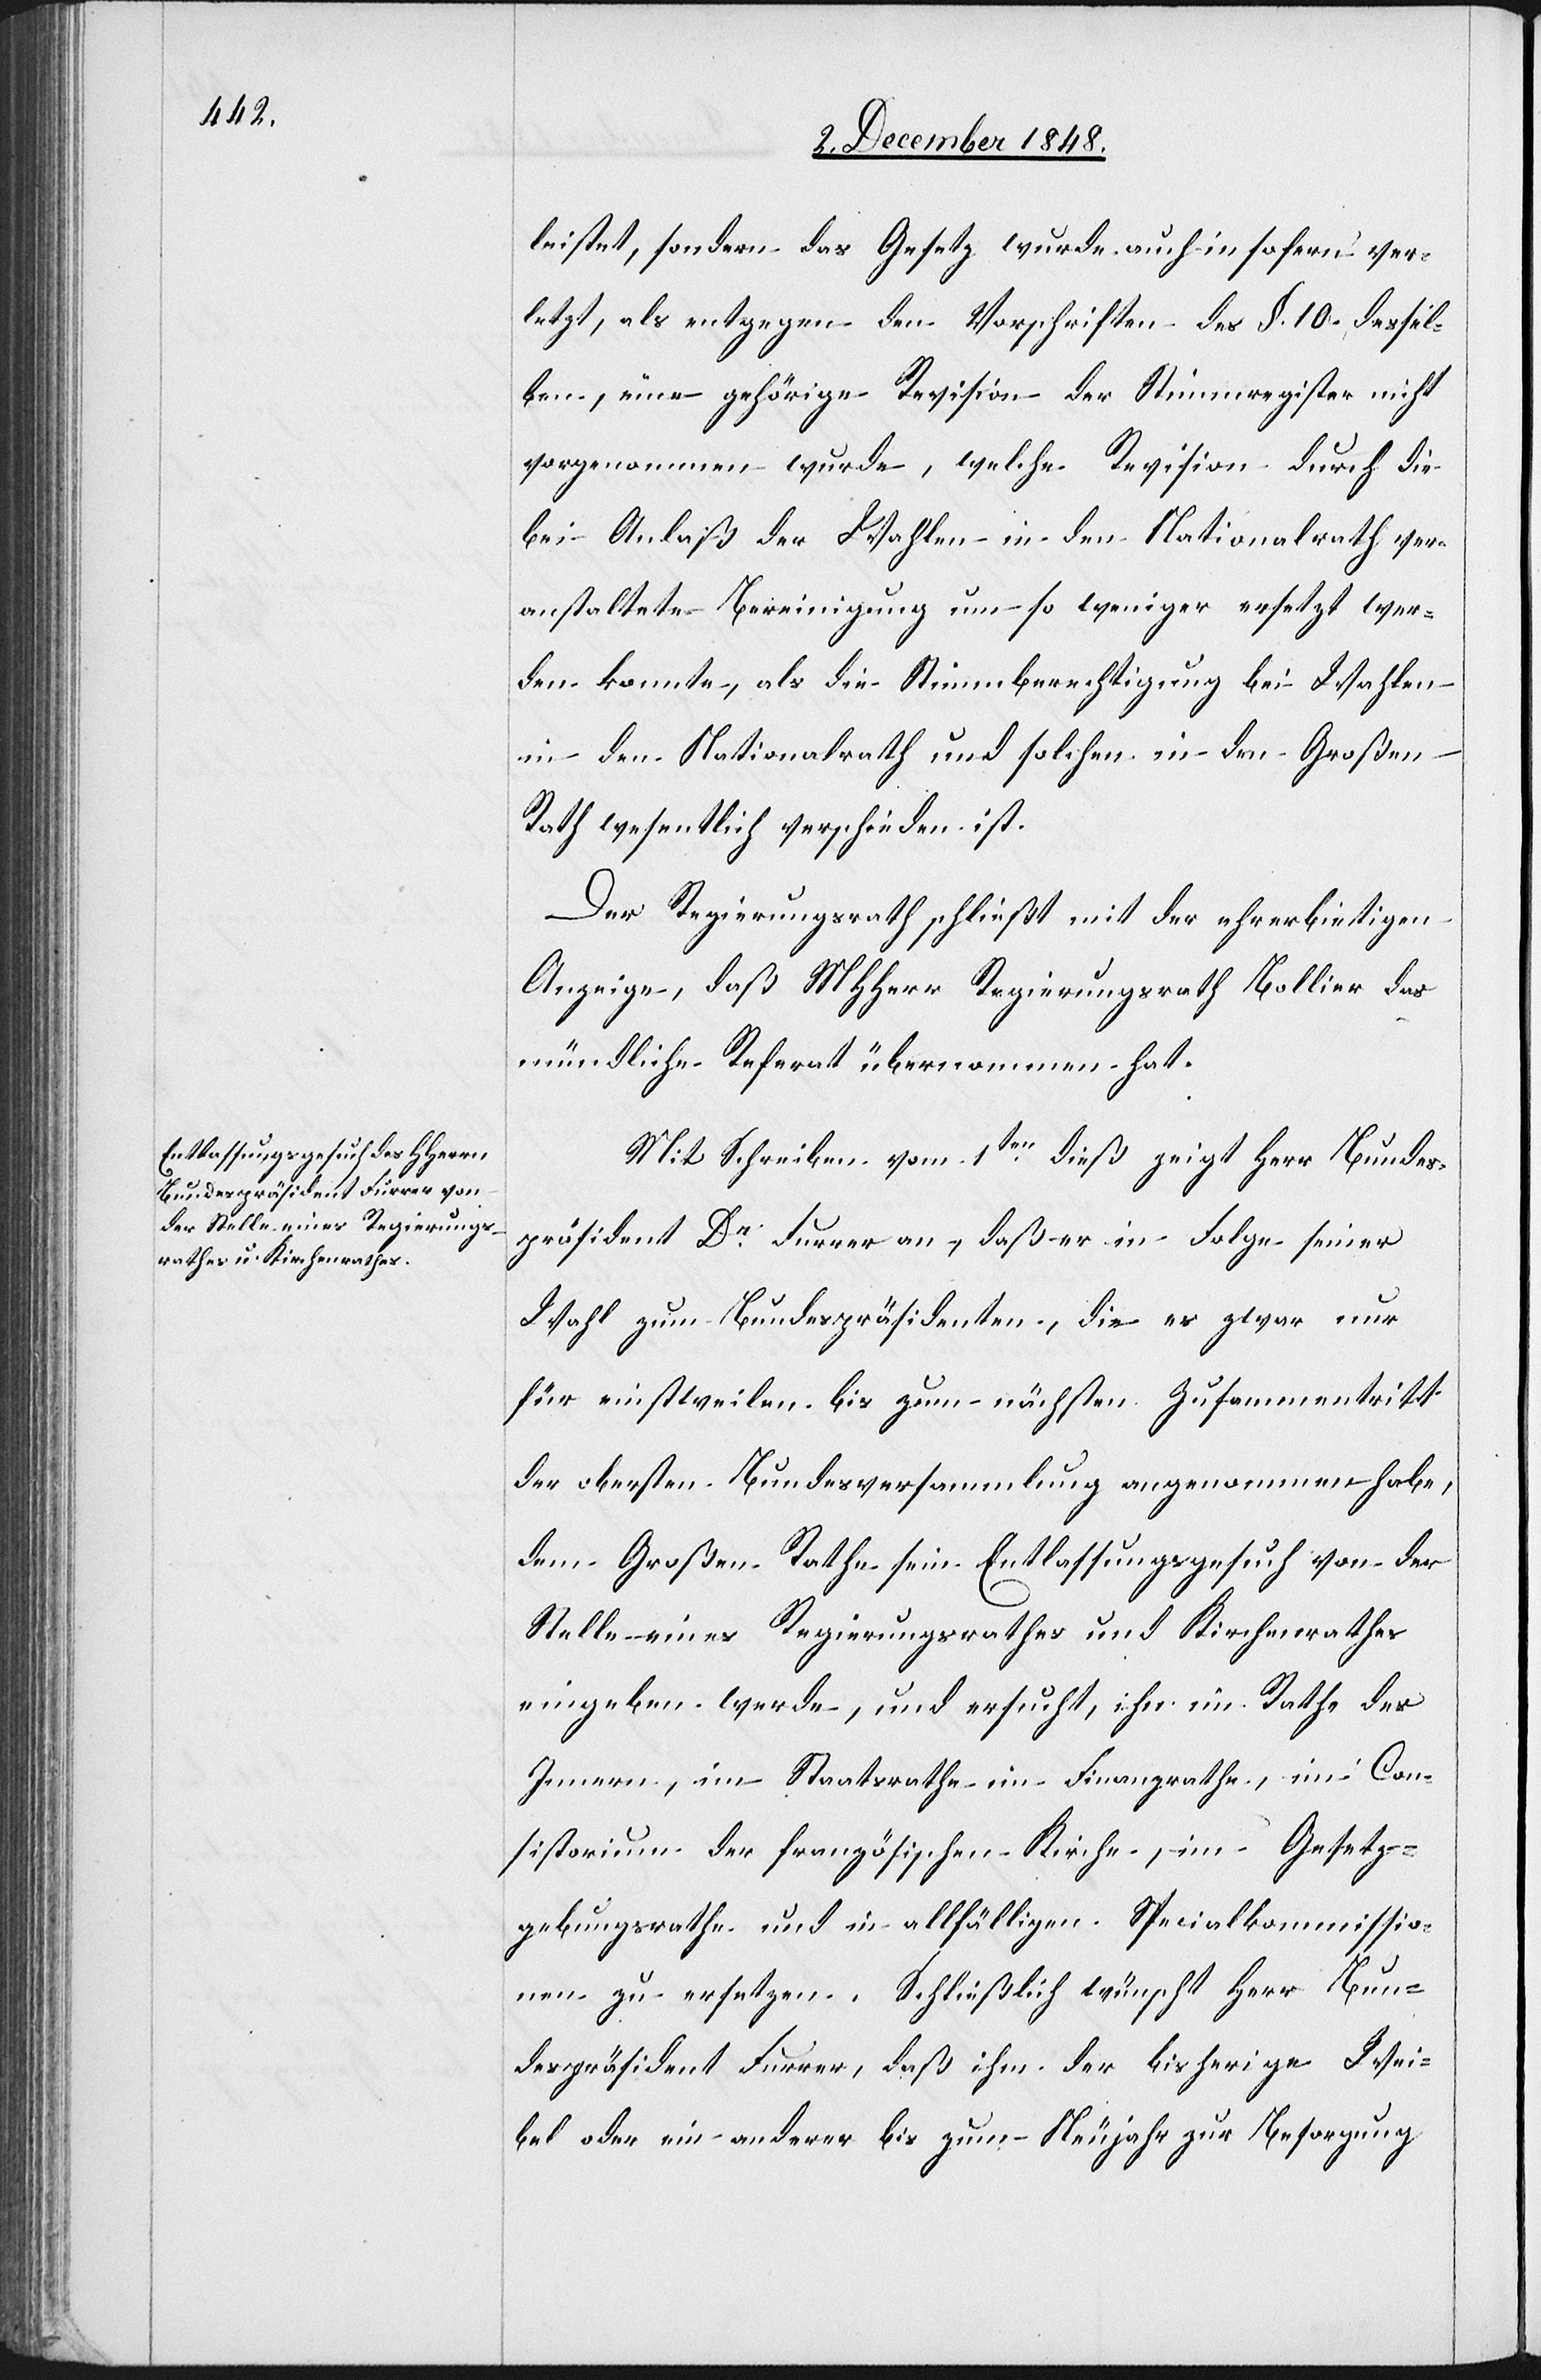
leistet, sondern das Gesetz wurde auch in sofern ver¬
letzt, als entgegen den Vorschriften des §. 10. dessel¬
ben, eine gehörige Revision der Stimmregister nicht
vorgenommen wurde, welche Revision durch die
bei Anlaß der Wahlen in den Nationalrath ver¬
anstaltete Bereinigung um so weniger ersetzt wer¬
den konnte, als die Stimmberechtigung bei Wahlen
in den Nationalrath und solche in den Großen
Rath wesentlich verschieden ist.
Der Regierungsrath schließt mit der ehrerbietigen
Anzeige, daß MHHerr Regierungsrath Bollier das
mündliche Referat übernommen hat.
Mit Schreiben vom 1ten dieß zeigt Herr Bundes¬
präsident Dr Furrer an, daß er in Folge seiner
Wahl zum Bundespräsidenten, die er zwar nur
für einstweilen bis zum nächsten Zusammentritt
der obersten Bundesversammlung angenommen habe,
dem Großen Rathe sein Entlassungsgesuch von der
Stelle eines Regierungsrathes und Kirchenrathes
eingeben werde, und ersucht, ihn im Rathe des
Innern, im Staatsrathe[,] im Finanzrathe, im Con¬
sistorium der französischen Kirche, im Gesetz¬
gebungsrathe und in allfälligen Specialkommissio¬
nen zu ersetzen. Schließlich wünscht Herr Bun¬
despräsident Furrer, daß ihm der bisherige Wei¬
bel oder ein anderer bis zum Neujahr zur Besorgung